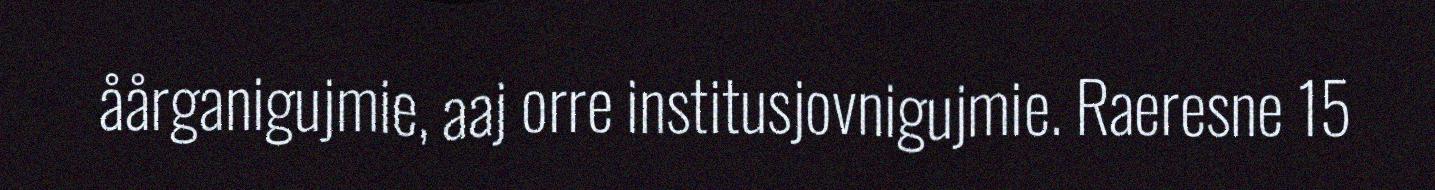
åårganigujmie, aaj orre institusjovnigujmie. Raeresne 15